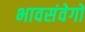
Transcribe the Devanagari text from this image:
भावसंवेगों